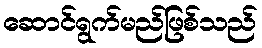
ဆောင်ရွက်မည်ဖြစ်သည်